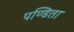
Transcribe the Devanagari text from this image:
पण्डिता